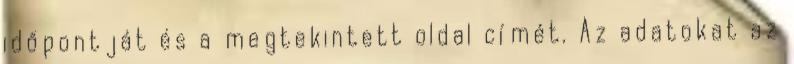
időpontját és a megtekintett oldal címét. Az adatokat az